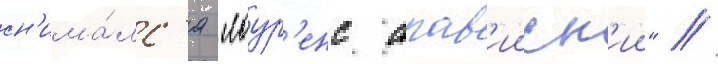
сн'има́лс'я "лоур'енс арав'ииск'ии" //